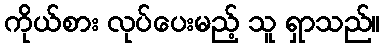
ကိုယ်စား လုပ်ပေးမည့် သူ ရှာသည်။